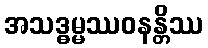
အသဒ္ဓမ္မဿဝနန္တိဿ